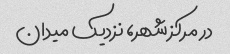
در مرکز شهر، نزدیک میدان